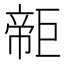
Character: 𢄫